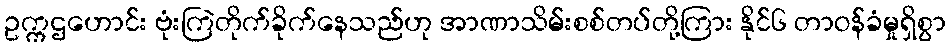
ဥက္ကဌဟောင်း ဗုံးကြဲတိုက်ခိုက်နေသည်ဟု အာဏာသိမ်းစစ်တပ်တို့ကြား နိုင်၆ တာဝန်ခံမှုရှိစွာ